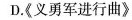
D.《义勇军进行曲》